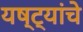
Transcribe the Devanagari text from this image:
यष्ट्यांचे